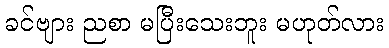
ခင်ဗျား ညစာ မပြီးသေးဘူး မဟုတ်လား